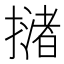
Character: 𢵻